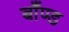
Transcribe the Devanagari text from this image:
बाँण्ड